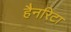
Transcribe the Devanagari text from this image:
हैनरिटा